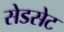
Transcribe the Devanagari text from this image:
सेडसेट